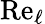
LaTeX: \textrm{Re}_{\ell}